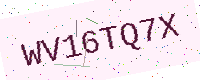
Text: WV16TQ7X